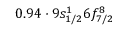
0 . 9 4 \cdot 9 s _ { 1 / 2 } ^ { 1 } 6 f _ { 7 / 2 } ^ { 8 }